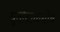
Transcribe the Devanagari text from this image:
श्रुतीटाळघोष